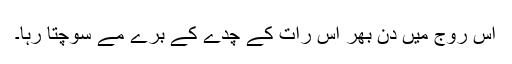
اُس روج میں دِن بھر اُس رات کے چُدے کے برے مے سوچتا رہا۔